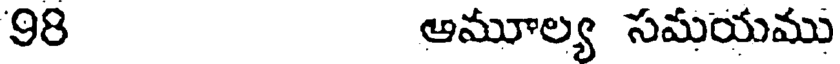
98 ఆమూల్య సమయము